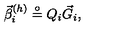
\vec { \beta } _ { i } ^ { ( h ) } \stackrel { \circ } { = } { Q } _ { i } \vec { G } _ { i } ,